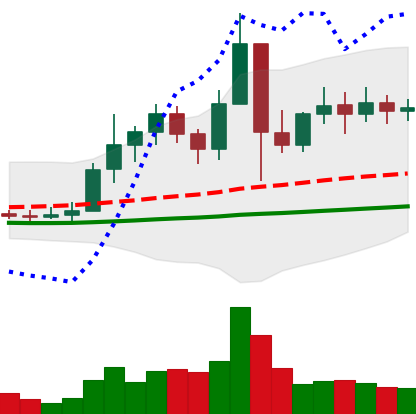
Ticker: ETC-USD
Chart end date: 2021-01-18
Forward return: -3.38%
Label: down_3_5